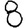
Digit: 8